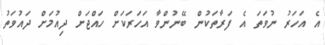
އެ އަހަރު ނުވަތަ އެ ފަރާތަކުން ބޭނުންވާ އަހަރަކަށް ހައްޖަށް ދިއުމަށް ދައުވަތު